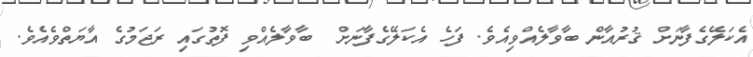
އެކަލޭގެފާނަށް ޤުރުއާން ބާވާލެއްވިއެވެ. ފަހެ އެކަލޭގެފާނަށް  ބާވާލެއްވި ފޮތުގައި ރަޖަމުގެ އާޔަތްވެއެވެ.